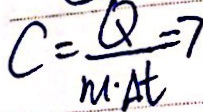
C = \frac { Q - 7 } { m \cdot A t }